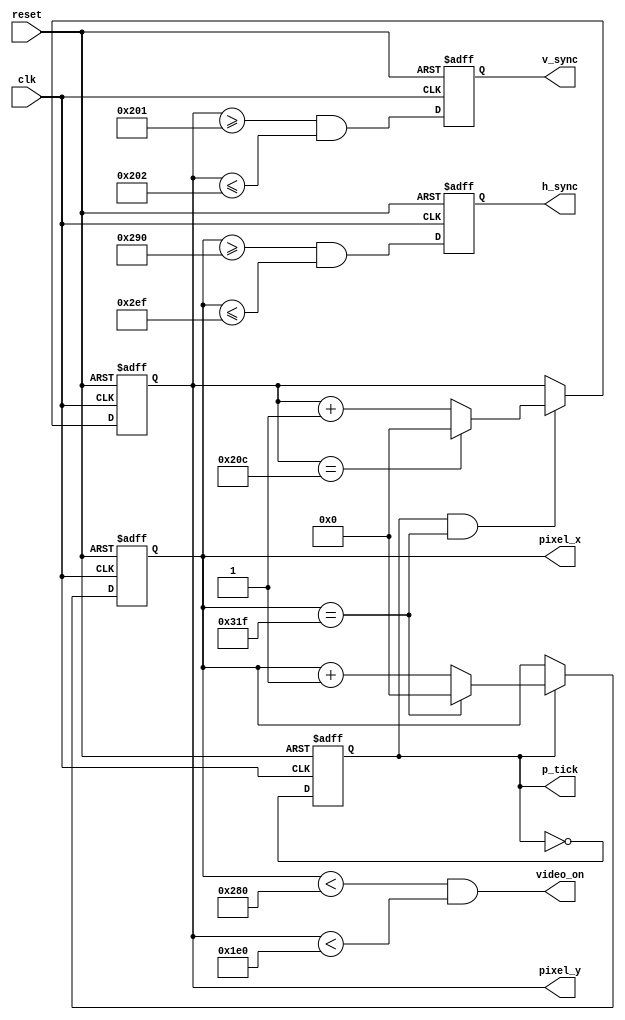
module sync
	(
		output h_sync,v_sync,video_on,p_tick,
		output [10:0] pixel_x,pixel_y,
		input clk,reset
	);
	
	localparam HD = 640;
	localparam HF = 48;
	localparam HB = 16;
	localparam HR = 96;
	localparam VD = 480;
	localparam VF = 10;
	localparam VB = 33;
	localparam VR = 2;
	
	reg mod2_reg;
	wire mod2_next;
	
	reg [10:0] h_counter_reg,h_counter_next;
	reg [10:0] v_counter_reg,v_counter_next;
	
	reg v_sync_reg,h_sync_reg;
	wire v_sync_next,h_sync_next;
	
	wire h_end,v_end,pixel_tick;
	
	always @(posedge clk, posedge reset)
	begin
		if(reset)
		begin
			mod2_reg <= 1'b0;
			v_counter_reg <= 0;
			h_counter_reg <= 0;
			v_sync_reg <= 1'b0;
			h_sync_reg <= 1'b0;
		end
		else
		begin
			mod2_reg <= mod2_next;
			v_counter_reg <= v_counter_next;
			h_counter_reg <= h_counter_next;
			v_sync_reg <= v_sync_next;
			h_sync_reg <= h_sync_next;
		end
	end
	
	assign mod2_next = ~mod2_reg;
	assign pixel_tick = mod2_reg;
	
	assign h_end = (h_counter_reg == (HD + HF + HB + HR - 1));
	
	assign v_end = (v_counter_reg == (VD + VF + VB + VR - 1));
	
	always @*
		if(pixel_tick)
			if(h_end)
				h_counter_next = 0;
			else
				h_counter_next = h_counter_reg + 1;
		else
			h_counter_next = h_counter_reg;
			
	always @*
		if(pixel_tick & h_end)
			if(v_end)
				v_counter_next = 0;
			else
				v_counter_next = v_counter_reg + 1;
		else
			v_counter_next = v_counter_reg;
	
	
	assign h_sync_next = (h_counter_reg >= (HD + HB) && h_counter_reg <= (HD + HB + HR - 1));
	assign v_sync_next = (v_counter_reg >= (VD + VB) && v_counter_reg <= (VD + VB + VR - 1));
	
	assign video_on = (h_counter_reg < HD) && (v_counter_reg < VD);
	
	
	assign h_sync = h_sync_reg;
	assign v_sync = v_sync_reg;
	
	assign pixel_x = h_counter_reg;
	assign pixel_y = v_counter_reg;
	
	assign p_tick = pixel_tick;
endmodule